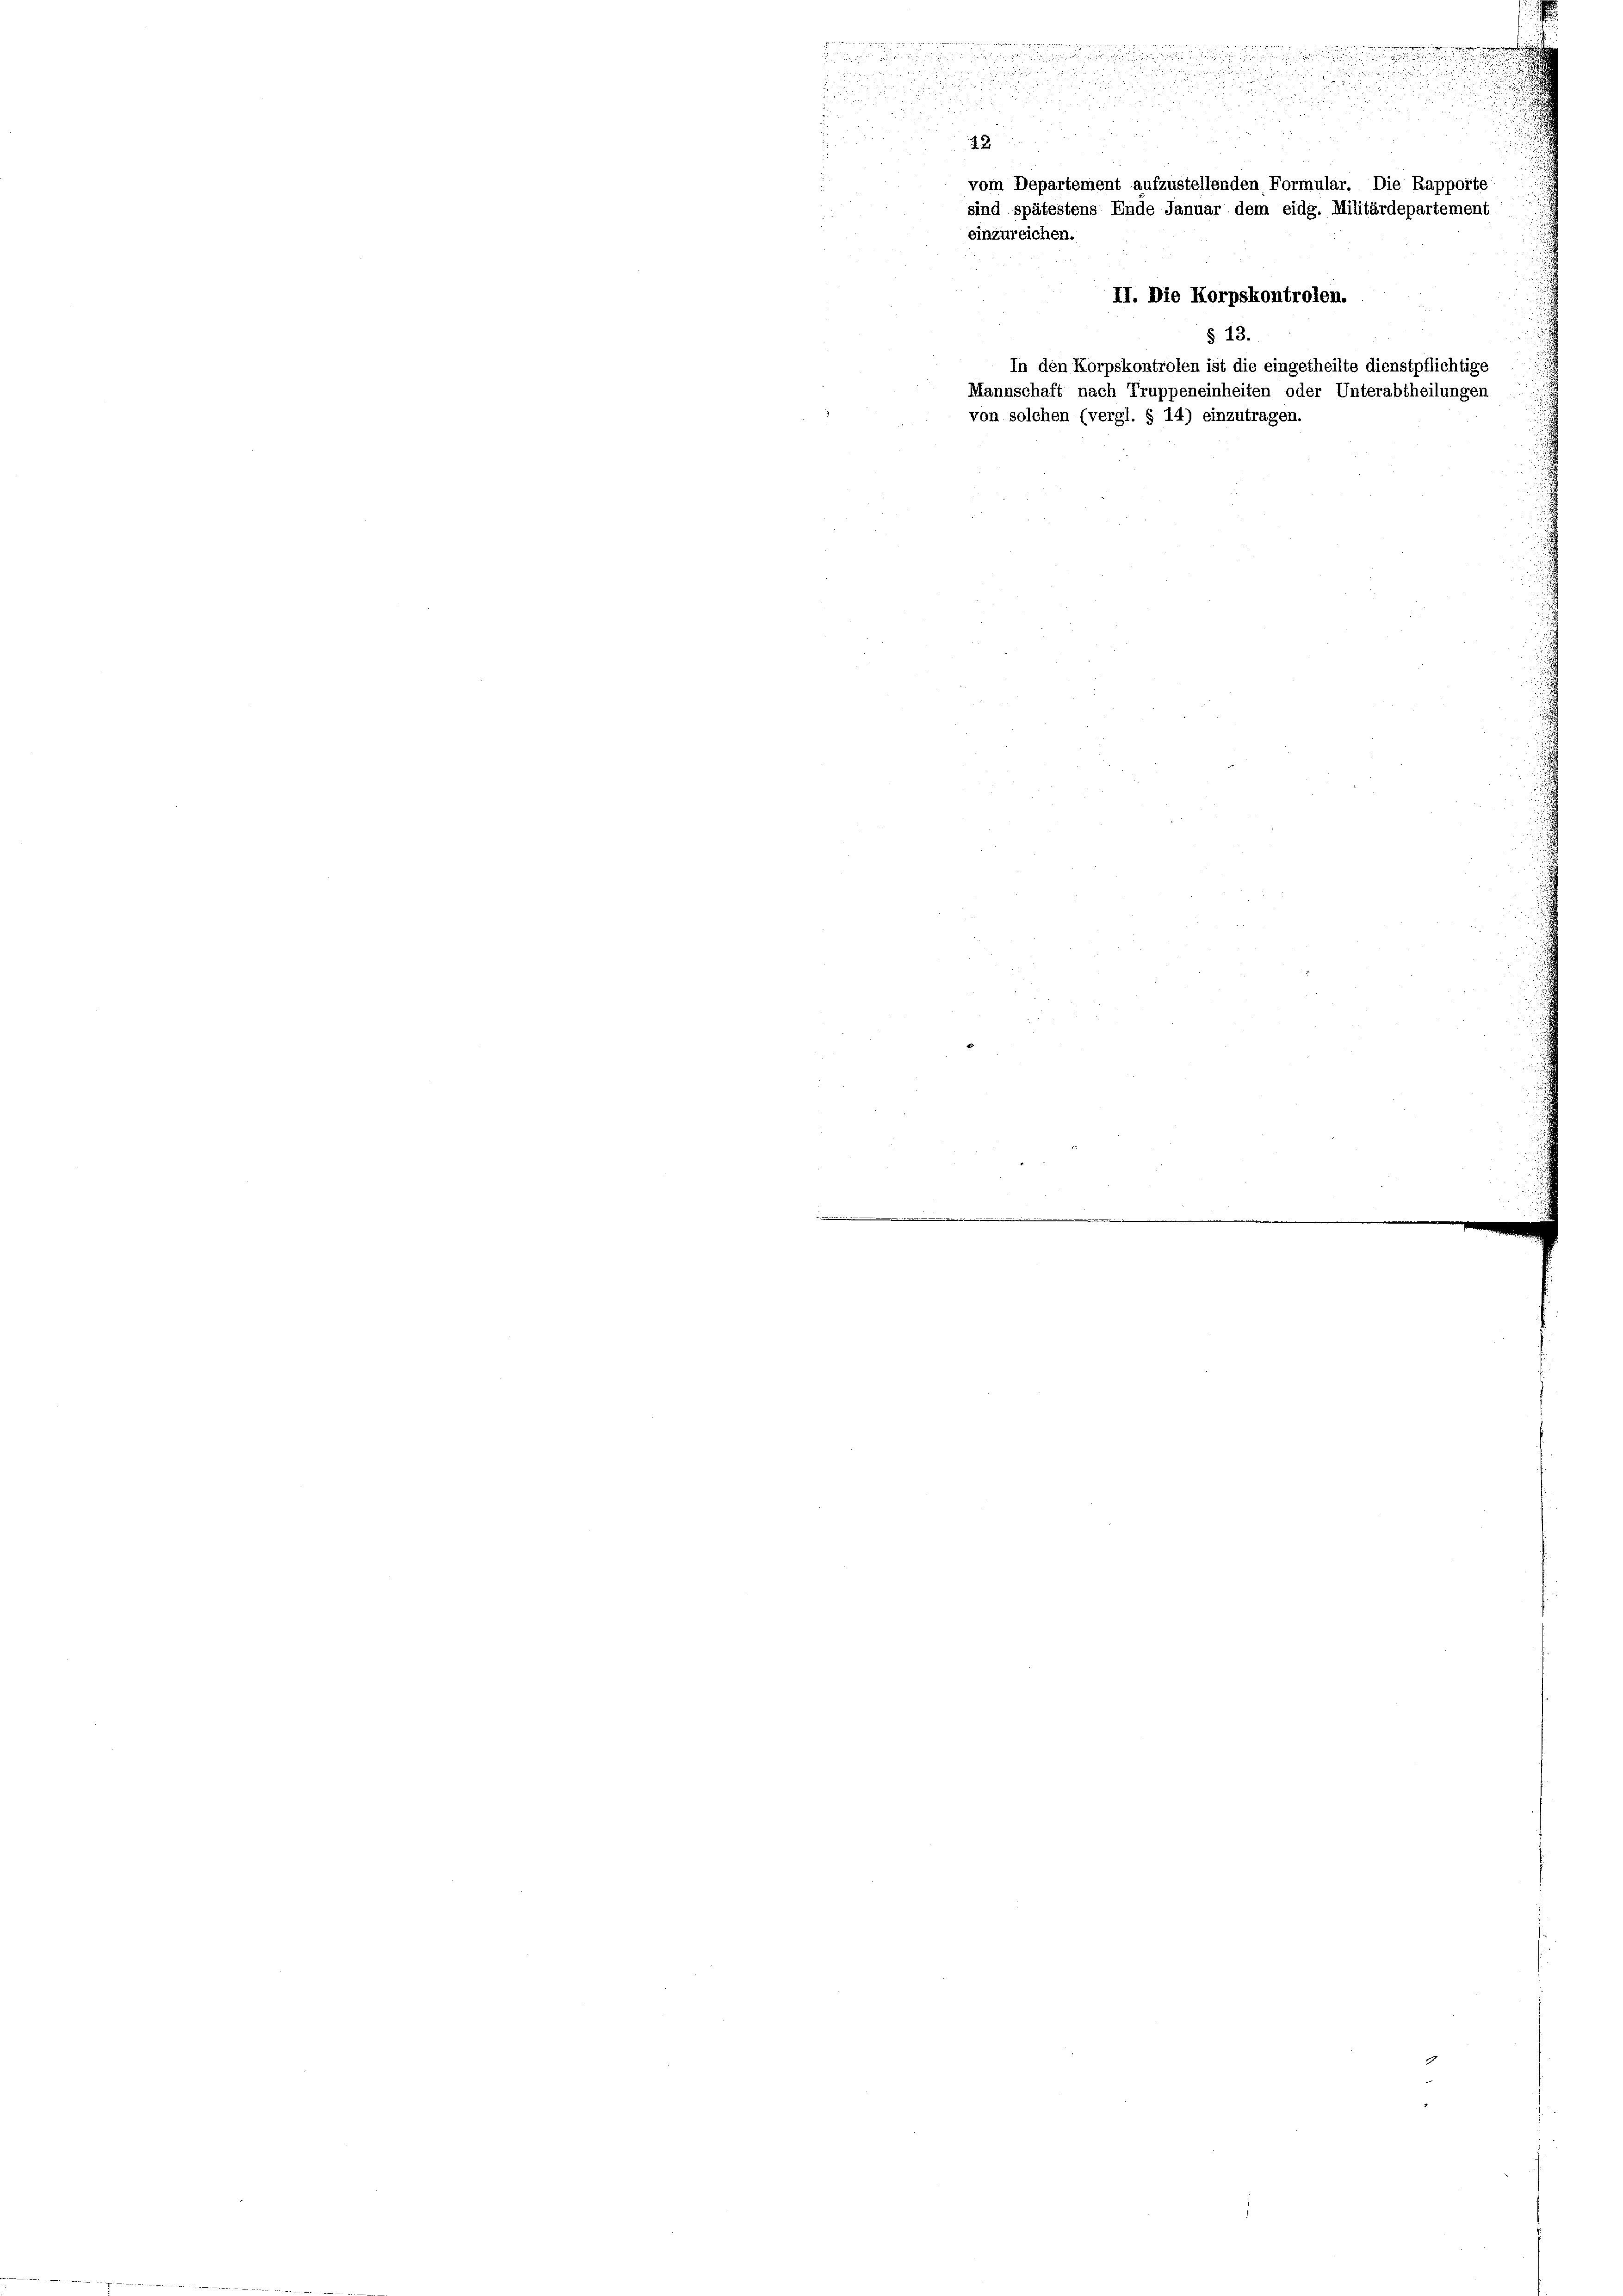
in der

u
i

s

n
u

22
vom Departement aufzustellenden Formular. Die Rapporte
sind spätestens Ende Januar dem eidg. Militärdepartement
einzureichen.
II. Die Korpskontrolen.
§ 13.
In den Korpskontrolen ist die eingetheilte dienstpflichtige
Mannschaft nach Truppeneinheiten oder Unterabtheilungen
von solchen (vergl. § 14) einzutragen.

i